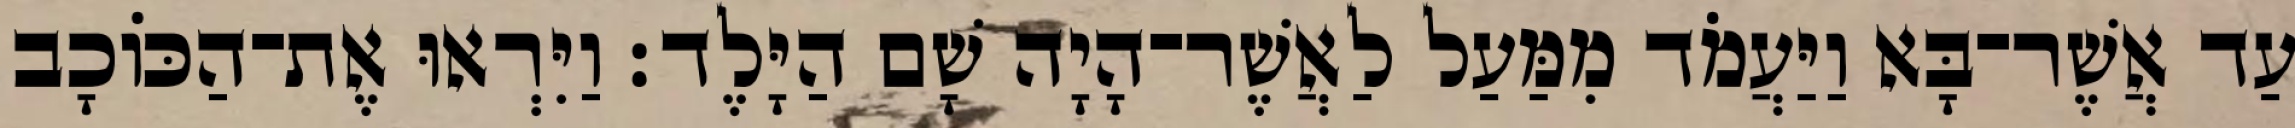
עַד אֲשֶׁר־בָּא וַיַּעֲמֹד מִמַּעַל לַאֲשֶׁר־הָיָה שָׁם הַיָּלֶד׃ וַיִּרְאוּ אֶת־הַכּוֹכָב